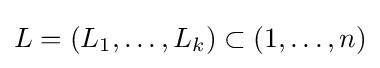
L=(L_{1},\dots ,L_{k})\subset (1,\dots ,n)